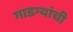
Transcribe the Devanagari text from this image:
गाडग्यांची